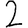
Digit: 2